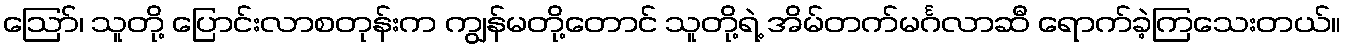
ဪ၊ သူတို့ ပြောင်းလာစတုန်းက ကျွန်မတို့တောင် သူတို့ရဲ့ အိမ်တက်မင်္ဂလာဆီ ရောက်ခဲ့ကြသေးတယ်။